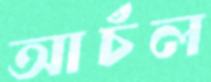
আচঁল